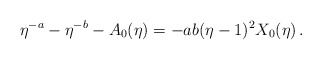
\begin{align*}\eta^{-a}-\eta^{-b}-A_0(\eta)=-ab(\eta-1)^2X_0(\eta)\,.\end{align*}